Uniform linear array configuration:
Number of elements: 8
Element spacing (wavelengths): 0.5
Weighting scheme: uniform
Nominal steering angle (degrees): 30
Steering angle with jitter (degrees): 31.58
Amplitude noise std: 0.05
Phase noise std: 0.05

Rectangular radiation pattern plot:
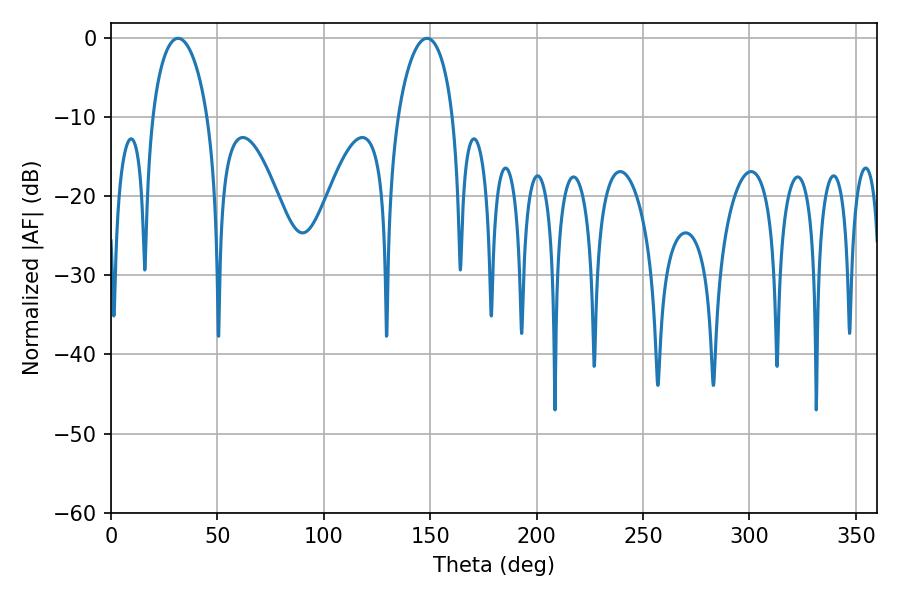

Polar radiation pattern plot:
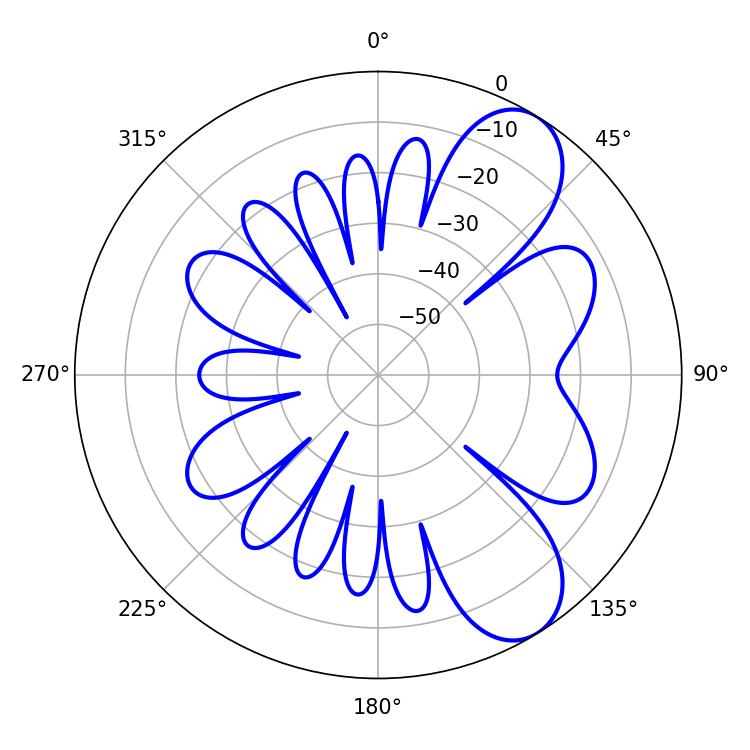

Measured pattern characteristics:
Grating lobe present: FALSE
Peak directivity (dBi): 8.218
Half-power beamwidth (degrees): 14.94
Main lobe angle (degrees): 31.5